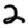
Digit: 2